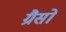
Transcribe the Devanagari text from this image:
ग्रैसो